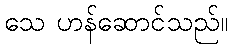
သေ ဟန်ဆောင်သည်။